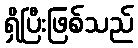
ရှိပြီးဖြစ်သည်